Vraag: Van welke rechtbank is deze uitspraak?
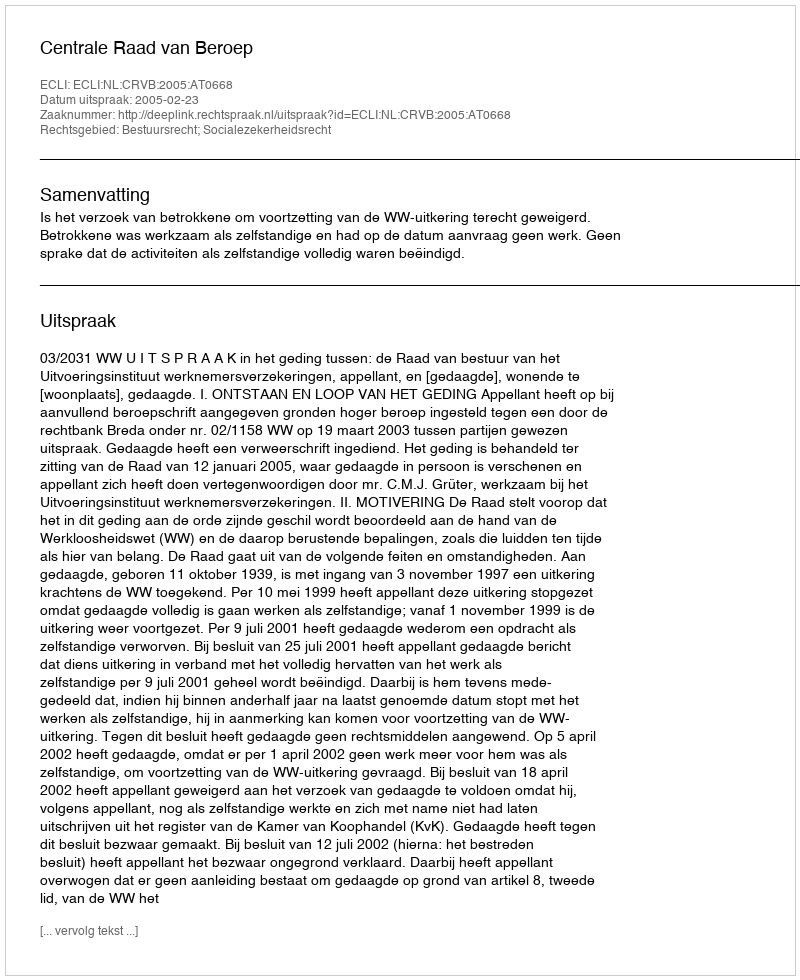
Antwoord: Centrale Raad van Beroep